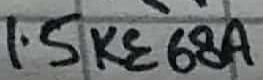
Text: 1.5KE68A